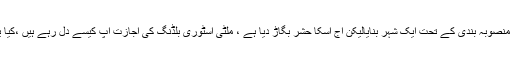
انہوںنے کہاکہ ہم نے منصوبہ بندی کے تحت ایک شہر بنایالیکن آج اسکا حشر بگاڑ دیا ہے ، ملٹی اسٹوری بلڈنگ کی اجازت آپ کیسے دل رہے ہیں ،کیا یہان زلزلے نہیں آتے ۔